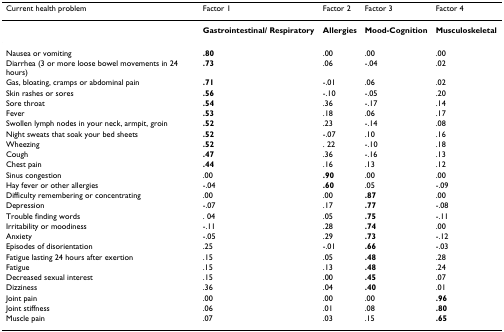
<table><thead><tr><td><b>Current health problem</b></td><td><b>Factor 1</b></td><td><b>Factor 2</b></td><td><b>Factor 3</b></td><td><b>Factor 4</b></td></tr></thead><tbody><tr><td></td><td><b>Gastrointestinal/ Respiratory</b></td><td><b>Allergies</b></td><td><b>Mood-Cognition</b></td><td><b>Musculoskeletal</b></td></tr><tr><td>Nausea or vomiting</td><td><b>.80</b></td><td>.00</td><td>.00</td><td>.00</td></tr><tr><td>Diarrhea (3 or more loose bowel movements in 24 hours)</td><td><b>.73</b></td><td>.06</td><td>-.04</td><td>.02</td></tr><tr><td>Gas, bloating, cramps or abdominal pain</td><td><b>.71</b></td><td>-.01</td><td>.06</td><td>.02</td></tr><tr><td>Skin rashes or sores</td><td><b>.56</b></td><td>-.10</td><td>-.05</td><td>.20</td></tr><tr><td>Sore throat</td><td><b>.54</b></td><td>.36</td><td>-.17</td><td>.14</td></tr><tr><td>Fever</td><td><b>.53</b></td><td>.18</td><td>.06</td><td>.17</td></tr><tr><td>Swollen lymph nodes in your neck, armpit, groin</td><td><b>.52</b></td><td>.23</td><td>-.14</td><td>.08</td></tr><tr><td>Night sweats that soak your bed sheets</td><td><b>.52</b></td><td>-.07</td><td>.10</td><td>.16</td></tr><tr><td>Wheezing</td><td><b>.52</b></td><td>. 22</td><td>-.10</td><td>.18</td></tr><tr><td>Cough</td><td><b>.47</b></td><td>.36</td><td>-.16</td><td>.13</td></tr><tr><td>Chest pain</td><td><b>.44</b></td><td>.16</td><td>.13</td><td>.12</td></tr><tr><td>Sinus congestion</td><td>.00</td><td><b>.90</b></td><td>.00</td><td>.00</td></tr><tr><td>Hay fever or other allergies</td><td>-.04</td><td><b>.60</b></td><td>.05</td><td>-.09</td></tr><tr><td>Difficulty remembering or concentrating</td><td>.00</td><td>.00</td><td><b>.87</b></td><td>.00</td></tr><tr><td>Depression</td><td>-.07</td><td>.17</td><td><b>.77</b></td><td>-.08</td></tr><tr><td>Trouble finding words</td><td>. 04</td><td>.05</td><td><b>.75</b></td><td>-.11</td></tr><tr><td>Irritability or moodiness</td><td>-.11</td><td>.28</td><td><b>.74</b></td><td>.00</td></tr><tr><td>Anxiety</td><td>-.05</td><td>.29</td><td><b>.73</b></td><td>-.12</td></tr><tr><td>Episodes of disorientation</td><td>.25</td><td>-.01</td><td><b>.66</b></td><td>-.03</td></tr><tr><td>Fatigue lasting 24 hours after exertion</td><td>.15</td><td>.05</td><td><b>.48</b></td><td>.28</td></tr><tr><td>Fatigue</td><td>.15</td><td>.13</td><td><b>.48</b></td><td>.24</td></tr><tr><td>Decreased sexual interest</td><td>.15</td><td>.00</td><td><b>.45</b></td><td>.07</td></tr><tr><td>Dizziness</td><td>.36</td><td>.04</td><td><b>.40</b></td><td>.01</td></tr><tr><td>Joint pain</td><td>.00</td><td>.00</td><td>.00</td><td><b>.96</b></td></tr><tr><td>Joint stiffness</td><td>.06</td><td>.01</td><td>.08</td><td><b>.80</b></td></tr><tr><td>Muscle pain</td><td>.07</td><td>.03</td><td>.15</td><td><b>.65</b></td></tr></tbody></table>